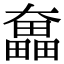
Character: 𡚗